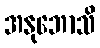
အနုဘောသိ